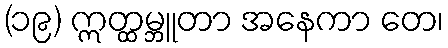
(၁၉) ဣတ္ထမ္ဘူတာ အနေကာ တေ၊